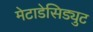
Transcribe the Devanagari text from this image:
मेटाडेसिड्युट